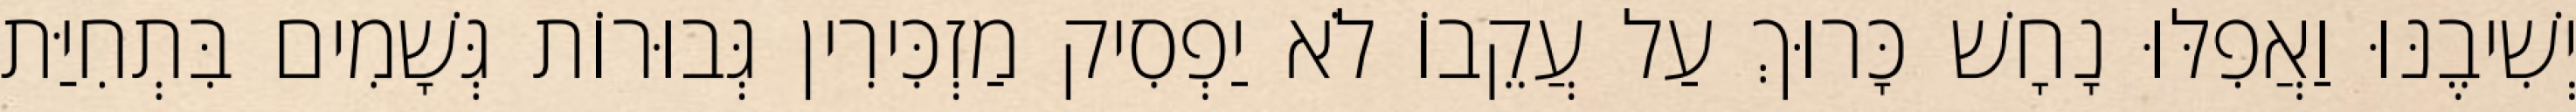
יְשִׁיבֶנּוּ וַאֲפִלּוּ נָחָשׁ כָּרוּךְ עַל עֲקֵבוֹ לֹא יַפְסִיק מַזְכִּירִין גְּבוּרוֹת גְּשָׁמִים בִּתְחִיַּת